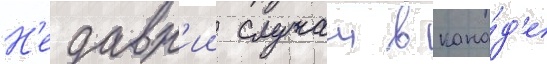
Н'едавн'ии случаи в кана́д'е